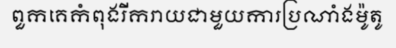
ពួកគេកំពុងរីករាយជាមួយការប្រណាំងម៉ូតូ